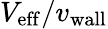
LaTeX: {V_{\mathrm{eff}}}/{v_{\mathrm{wall}}}